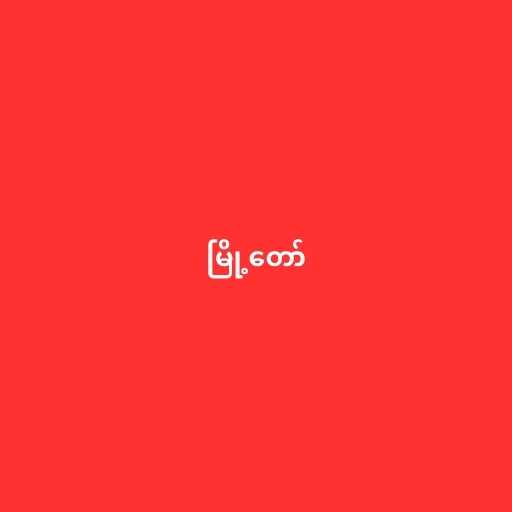
မြို့တော်